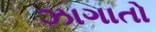
ઝાગાતો